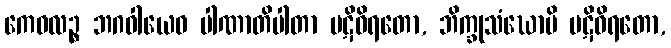
ကေဝလဉ္စ ဘဂဝါယေဝ ပါဏာတိပါတာ ပဋိဝိရတော, ဘိက္ခုသံဃောပိ ပဋိဝိရတော,